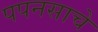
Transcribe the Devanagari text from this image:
पपनसाचे